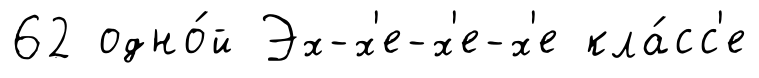
62 одно́й Эх-х'е-х'е-х'е кла́сс'е